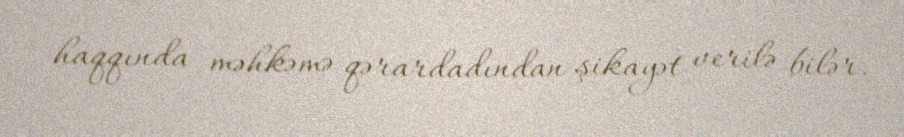
haqqında məhkəmə qərardadından şikayət verilə bilər.